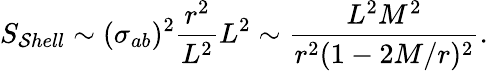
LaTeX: S_{\mathcal{S}hell}\sim(\sigma_{ab})^{2}\frac{{r^{2}}}{{L^{2}}}L^{2}\sim\frac{{L^{2}M^{2}}}{{r^{2}(1-2M/r)^{2}}}.